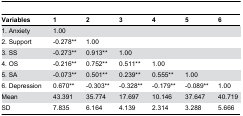
<table><thead><tr><td><b>Variables</b></td><td><b>1</b></td><td><b>2</b></td><td><b>3</b></td><td><b>4</b></td><td><b>5</b></td><td><b>6</b></td></tr></thead><tbody><tr><td>1. Anxiety</td><td>1.00</td><td></td><td></td><td></td><td></td><td></td></tr><tr><td>2. Support</td><td>-0.278**</td><td>1.00</td><td></td><td></td><td></td><td></td></tr><tr><td>3. SS</td><td>-0.273**</td><td>0.913**</td><td>1.00</td><td></td><td></td><td></td></tr><tr><td>4. OS</td><td>-0.216**</td><td>0.752**</td><td>0.511**</td><td>1.00</td><td></td><td></td></tr><tr><td>5. SA</td><td>-0.073**</td><td>0.501**</td><td>0.239**</td><td>0.555**</td><td>1.00</td><td></td></tr><tr><td>6. Depression</td><td>0.670**</td><td>-0.303**</td><td>-0.328**</td><td>-0.179**</td><td>-0.089**</td><td>1.00</td></tr><tr><td>Mean</td><td>43.391</td><td>35.774</td><td>17.697</td><td>10.146</td><td>37.647</td><td>40.719</td></tr><tr><td>SD</td><td>7.835</td><td>6.164</td><td>4.139</td><td>2.314</td><td>3.288</td><td>5.666</td></tr></tbody></table>